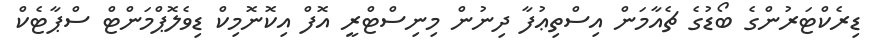
ޑިރެކްޓަރުންގެ ބޯޑުގެ ޗެއާމަން އިސްތިޢުފާ ދިނުން މިނިސްޓްރީ އޮފް އިކޮނޮމިކް ޑިވެލޮޕްމަންޓް ސްޕާޓެކް